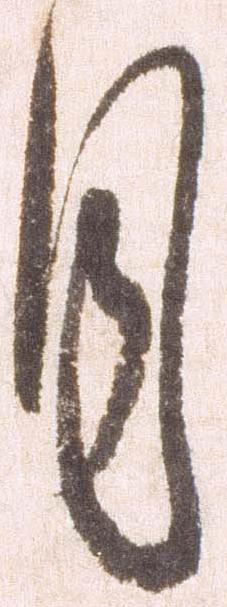
月